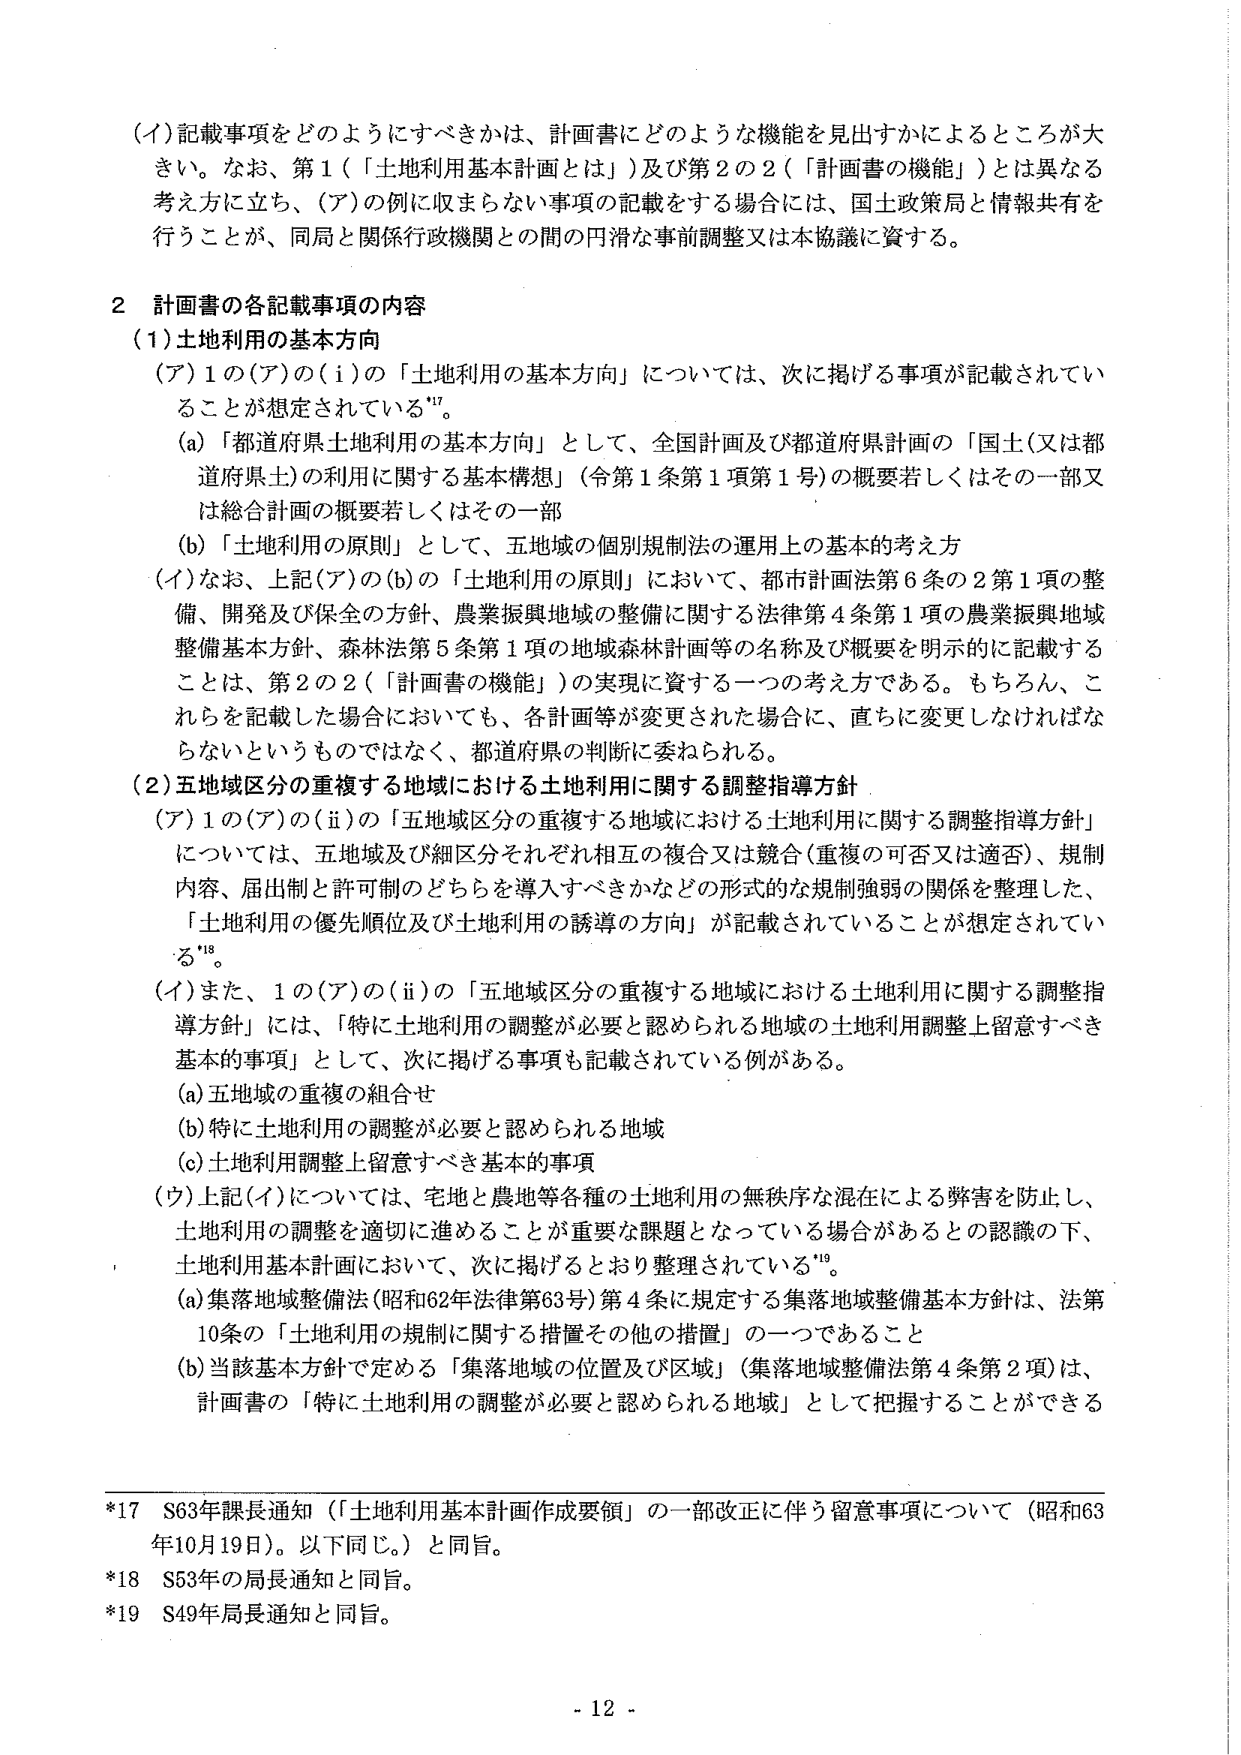
（イ）記載事項をどのようにすべきかは、計画書にどのような機能を見出すかによるところが大きい。なお、第１（「土地利用基本計画とは」）及び第２の２（「計画書の機能」）とは異なる考え方に立ち、（ア）の例に収まらない事項の記載をする場合には、国土政策局と情報共有を行うことが、同局と関係行政機関との間の円滑な事前調整又は本協議に資する。

２ 計画書の各記載事項の内容

（１）土地利用の基本方向

（ア）１の（ア）の（ｉ）の「土地利用の基本方向」については、次に掲げる事項が記載されていることが想定されている¹⁷。

（ａ）「都道府県土地利用の基本方向」として、全国計画及び都道府県計画の「国土（又は都道府県土）の利用に関する基本構想」（令第１条第１項第１号）の概要若しくはその一部又は総合計画の概要若しくはその一部

（ｂ）「土地利用の原則」として、五地域の個別規制法の運用上の基本的考え方

（イ）なお、上記（ア）の（ｂ）の「土地利用の原則」において、都市計画法第６条の２第１項の整備、開発及び保全の方針、農業振興地域の整備に関する法律第４条第１項の農業振興地域整備基本方針、森林法第５条第１項の地域森林計画等の名称及び概要を明示的に記載することは、第２の２（「計画書の機能」）の実現に資する一つの考え方である。もちろん、これらを記載した場合においても、各計画等が変更された場合に、直ちに変更しなければならないというものではなく、都道府県の判断に委ねられる。

（２）五地域区分の重複する地域における土地利用に関する調整指導方針

（ア）１の（ア）の（ⅱ）の「五地域区分の重複する地域における土地利用に関する調整指導方針」については、五地域及び細区分それぞれ相互の複合又は競合（重複の可否又は適否）、規制内容、届出制と許可制のどちらを導入すべきかなどの形式的な規制強弱の関係を整理した、「土地利用の優先順位及び土地利用の誘導の方向」が記載されていることが想定されている¹⁸。

（イ）また、１の（ア）の（ⅱ）の「五地域区分の重複する地域における土地利用に関する調整指導方針」には、「特に土地利用の調整が必要と認められる地域の土地利用調整上留意すべき基本的事項」として、次に掲げる事項も記載されている例がある。

（ａ）五地域の重複の組合せ

（ｂ）特に土地利用の調整が必要と認められる地域

（ｃ）土地利用調整上留意すべき基本的事項

（ウ）上記（イ）については、宅地と農地等各種の土地利用の無秩序な混在による弊害を防止し、土地利用の調整を適切に進めることが重要な課題となっている場合があるとの認識の下、土地利用基本計画において、次に掲げるとおり整理されている¹⁹。

（ａ）集落地域整備法（昭和62年法律第63号）第４条に規定する集落地域整備基本方針は、法第10条の「土地利用の規制に関する措置その他の措置」の一つであること

（ｂ）当該基本方針で定める「集落地域の位置及び区域」（集落地域整備法第４条第２項）は、計画書の「特に土地利用の調整が必要と認められる地域」として把握することができる

*17 S63年課長通知（「土地利用基本計画作成要領」の一部改正に伴う留意事項について（昭和63年10月19日）。以下同じ。）と同旨。

*18 S53年の局長通知と同旨。

*19 S49年局長通知と同旨。

- 12 -